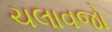
ચલાવજો